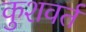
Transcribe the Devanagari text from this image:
कुशवर्त